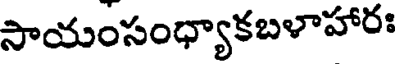
సాయంసంధ్యాకబళాహారః